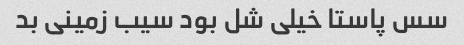
سس پاستا خیلی شل بود سیب زمینی بد